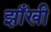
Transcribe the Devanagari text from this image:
झाँखी